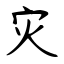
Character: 灾